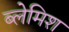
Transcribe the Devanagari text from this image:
ब्लेमिश